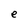
Character: e